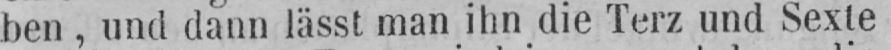
ben, und dann lässt man ihn die Terz und Sexte